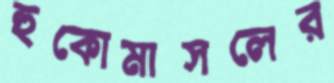
হুকোমাসলের